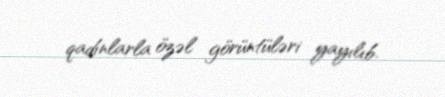
qadınlarla özəl görüntüləri yayılıb.